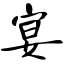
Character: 宴